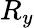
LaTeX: R_{y}